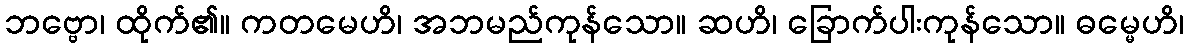
ဘဗ္ဗော၊ ထိုက်၏။ ကတမေဟိ၊ အဘမည်ကုန်သော။ ဆဟိ၊ ခြောက်ပါးကုန်သော။ ဓမ္မေဟိ၊